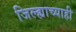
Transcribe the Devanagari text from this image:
जिल्ह्याच्याही